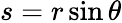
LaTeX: s=r\sin{\theta}